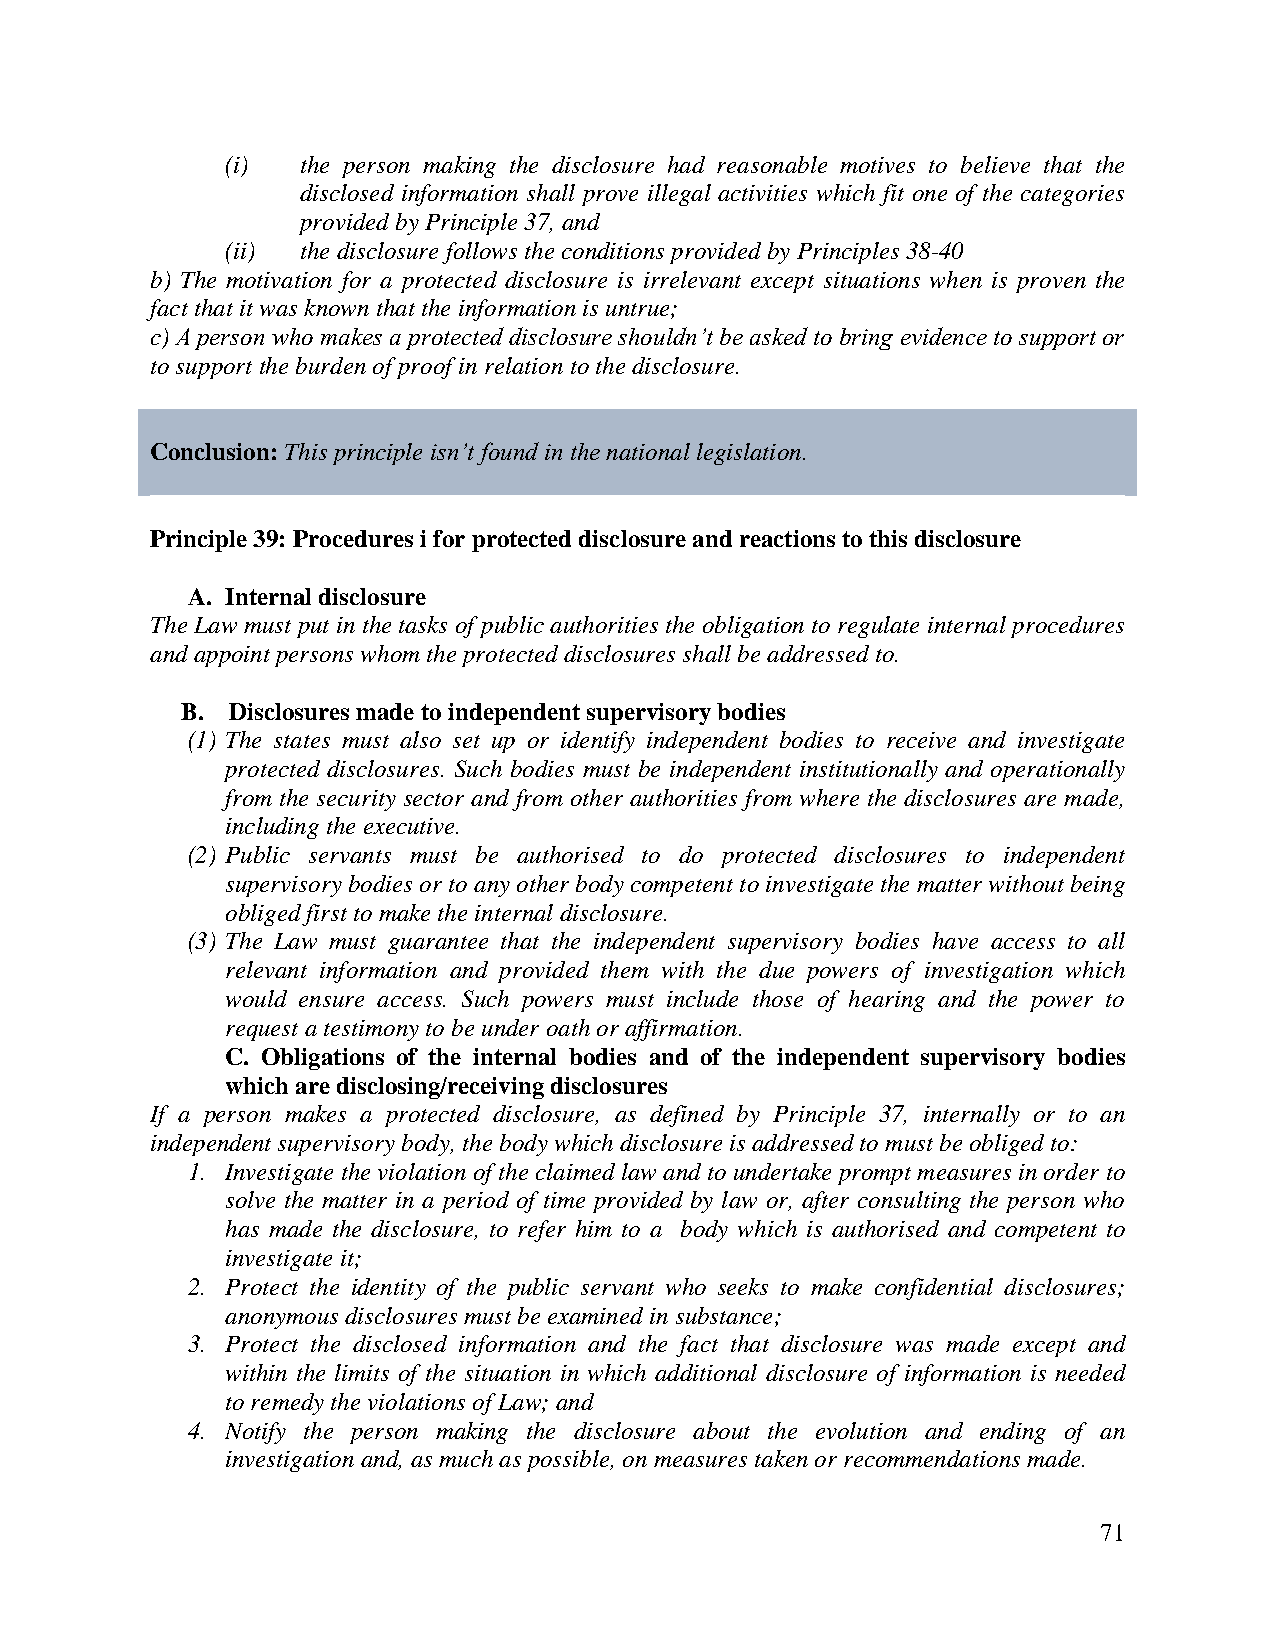
(i)  the person making the disclosure had reasonable motives to believe that the
 disclosed information shall prove illegal activities which fit one of the categories
 provided by Principle 37, and
 (ii) the disclosure follows the conditions provided by Principles 38-40
 b) The motivation for a protected disclosure is irrelevant except situations when is proven the
 fact that it was known that the information is untrue;
 c) A person who makes a protected disclosure shouldn’t be asked to bring evidence to support or
 to support the burden of proof in relation to the disclosure.
 Conclusion: This principle isn’t found in the national legislation.
 Principle 39: Procedures i for protected disclosure and reactions to this disclosure
 A. Internal disclosure
 The Law must put in the tasks of public authorities the obligation to regulate internal procedures
 and appoint persons whom the protected disclosures shall be addressed to.
 B. Disclosures made to independent supervisory bodies
 (1) The states must also set up or identify independent bodies to receive and investigate
 protected disclosures. Such bodies must be independent institutionally and operationally
 from the security sector and from other authorities from where the disclosures are made,
 including the executive.
 (2) Public servants must be authorised to do protected disclosures to independent
 supervisory bodies or to any other body competent to investigate the matter without being
 obliged first to make the internal disclosure.
 (3) The Law must guarantee that the independent supervisory bodies have access to all
 relevant information and provided them with the due powers of investigation which
 would ensure access. Such powers must include those of hearing and the power to
 request a testimony to be under oath or affirmation.
 C. Obligations of the internal bodies and of the independent supervisory bodies
 which are disclosing/receiving disclosures
 If a person makes a protected disclosure, as defined by Principle 37, internally or to an
 independent supervisory body, the body which disclosure is addressed to must be obliged to:
 1. Investigate the violation of the claimed law and to undertake prompt measures in order to
 solve the matter in a period of time provided by law or, after consulting the person who
 has made the disclosure, to refer him to a body which is authorised and competent to
 investigate it;
 2. Protect the identity of the public servant who seeks to make confidential disclosures;
 anonymous disclosures must be examined in substance;
 3. Protect the disclosed information and the fact that disclosure was made except and
 within the limits of the situation in which additional disclosure of information is needed
 to remedy the violations of Law; and
 4. Notify the person making the disclosure about the evolution and ending of an
 investigation and, as much as possible, on measures taken or recommendations made.
 71